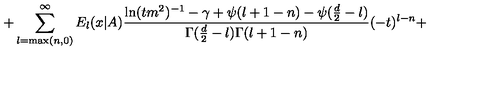
+ \sum _ { l = \mathrm { m a x } ( n , 0 ) } ^ { \infty } E _ { l } ( x | A ) \frac { \ln ( t m ^ { 2 } ) ^ { - 1 } - \gamma + \psi ( l + 1 - n ) - \psi ( \frac { d } { 2 } - l ) } { \Gamma ( \frac { d } { 2 } - l ) \Gamma ( l + 1 - n ) } ( - t ) ^ { l - n } +